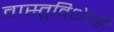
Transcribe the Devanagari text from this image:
वास्तूविशेषही